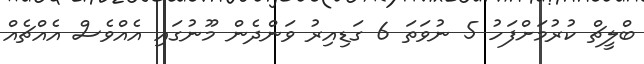
ބްލީޗް ކުރުމަށްފަހު 5 ނުވަތަ 6 ގަޑިއިރު ވަންދެން މޫނުގައި އެއްވެސް އެއްޗެއް